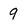
Character: 9